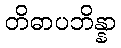
တိဓာပဘိန္နာ